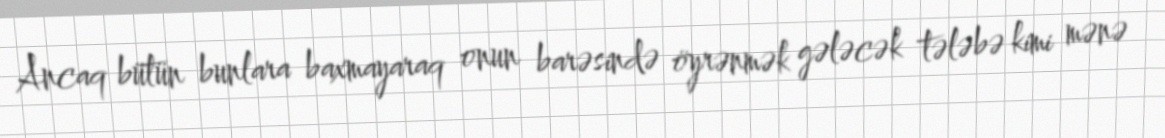
Ancaq bütün bunlara baxmayaraq onun barəsində öyrənmək gələcək tələbə kimi mənə